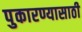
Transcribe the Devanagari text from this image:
पुकारण्यासाठी